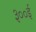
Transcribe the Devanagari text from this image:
३००ई